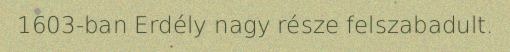
1603-ban Erdély nagy része felszabadult.